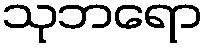
သုဘရော